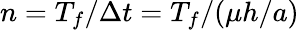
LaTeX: n=T_{f}/\Delta t=T_{f}/(\mu h/a)